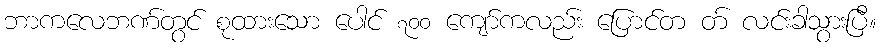
ဘာကလေဘဏ်တွင် စုထားသော ပေါင် ၇၀၀ ကျော်ကလည်း ပြောင်တ တ် လင်းခါသွားပြီ။